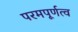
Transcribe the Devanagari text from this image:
परमपूर्णत्व